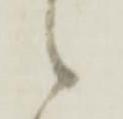
候